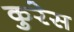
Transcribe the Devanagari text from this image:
कुरेस